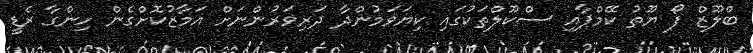
ބްލޫޒް ފޯ ޔޫތު ކޭމްޕާއި ސްކޫލްތަކުގައި ކިޔަވަމުންދާ ދަރިވަރުންނަށް އަމާޒުކޮށްގެން ހިންގާ ރެޑީ